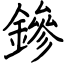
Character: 鏒